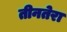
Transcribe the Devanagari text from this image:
तीनतेरा